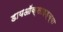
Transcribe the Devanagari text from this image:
डायऑक्साइड्च्या